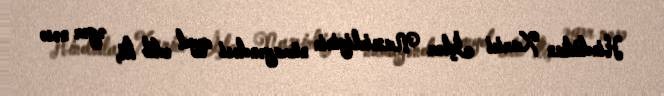
Hindistan Xarici İşlər Nazirliyinin nümayəndəsi qeyd edib ki, əgər nəsə